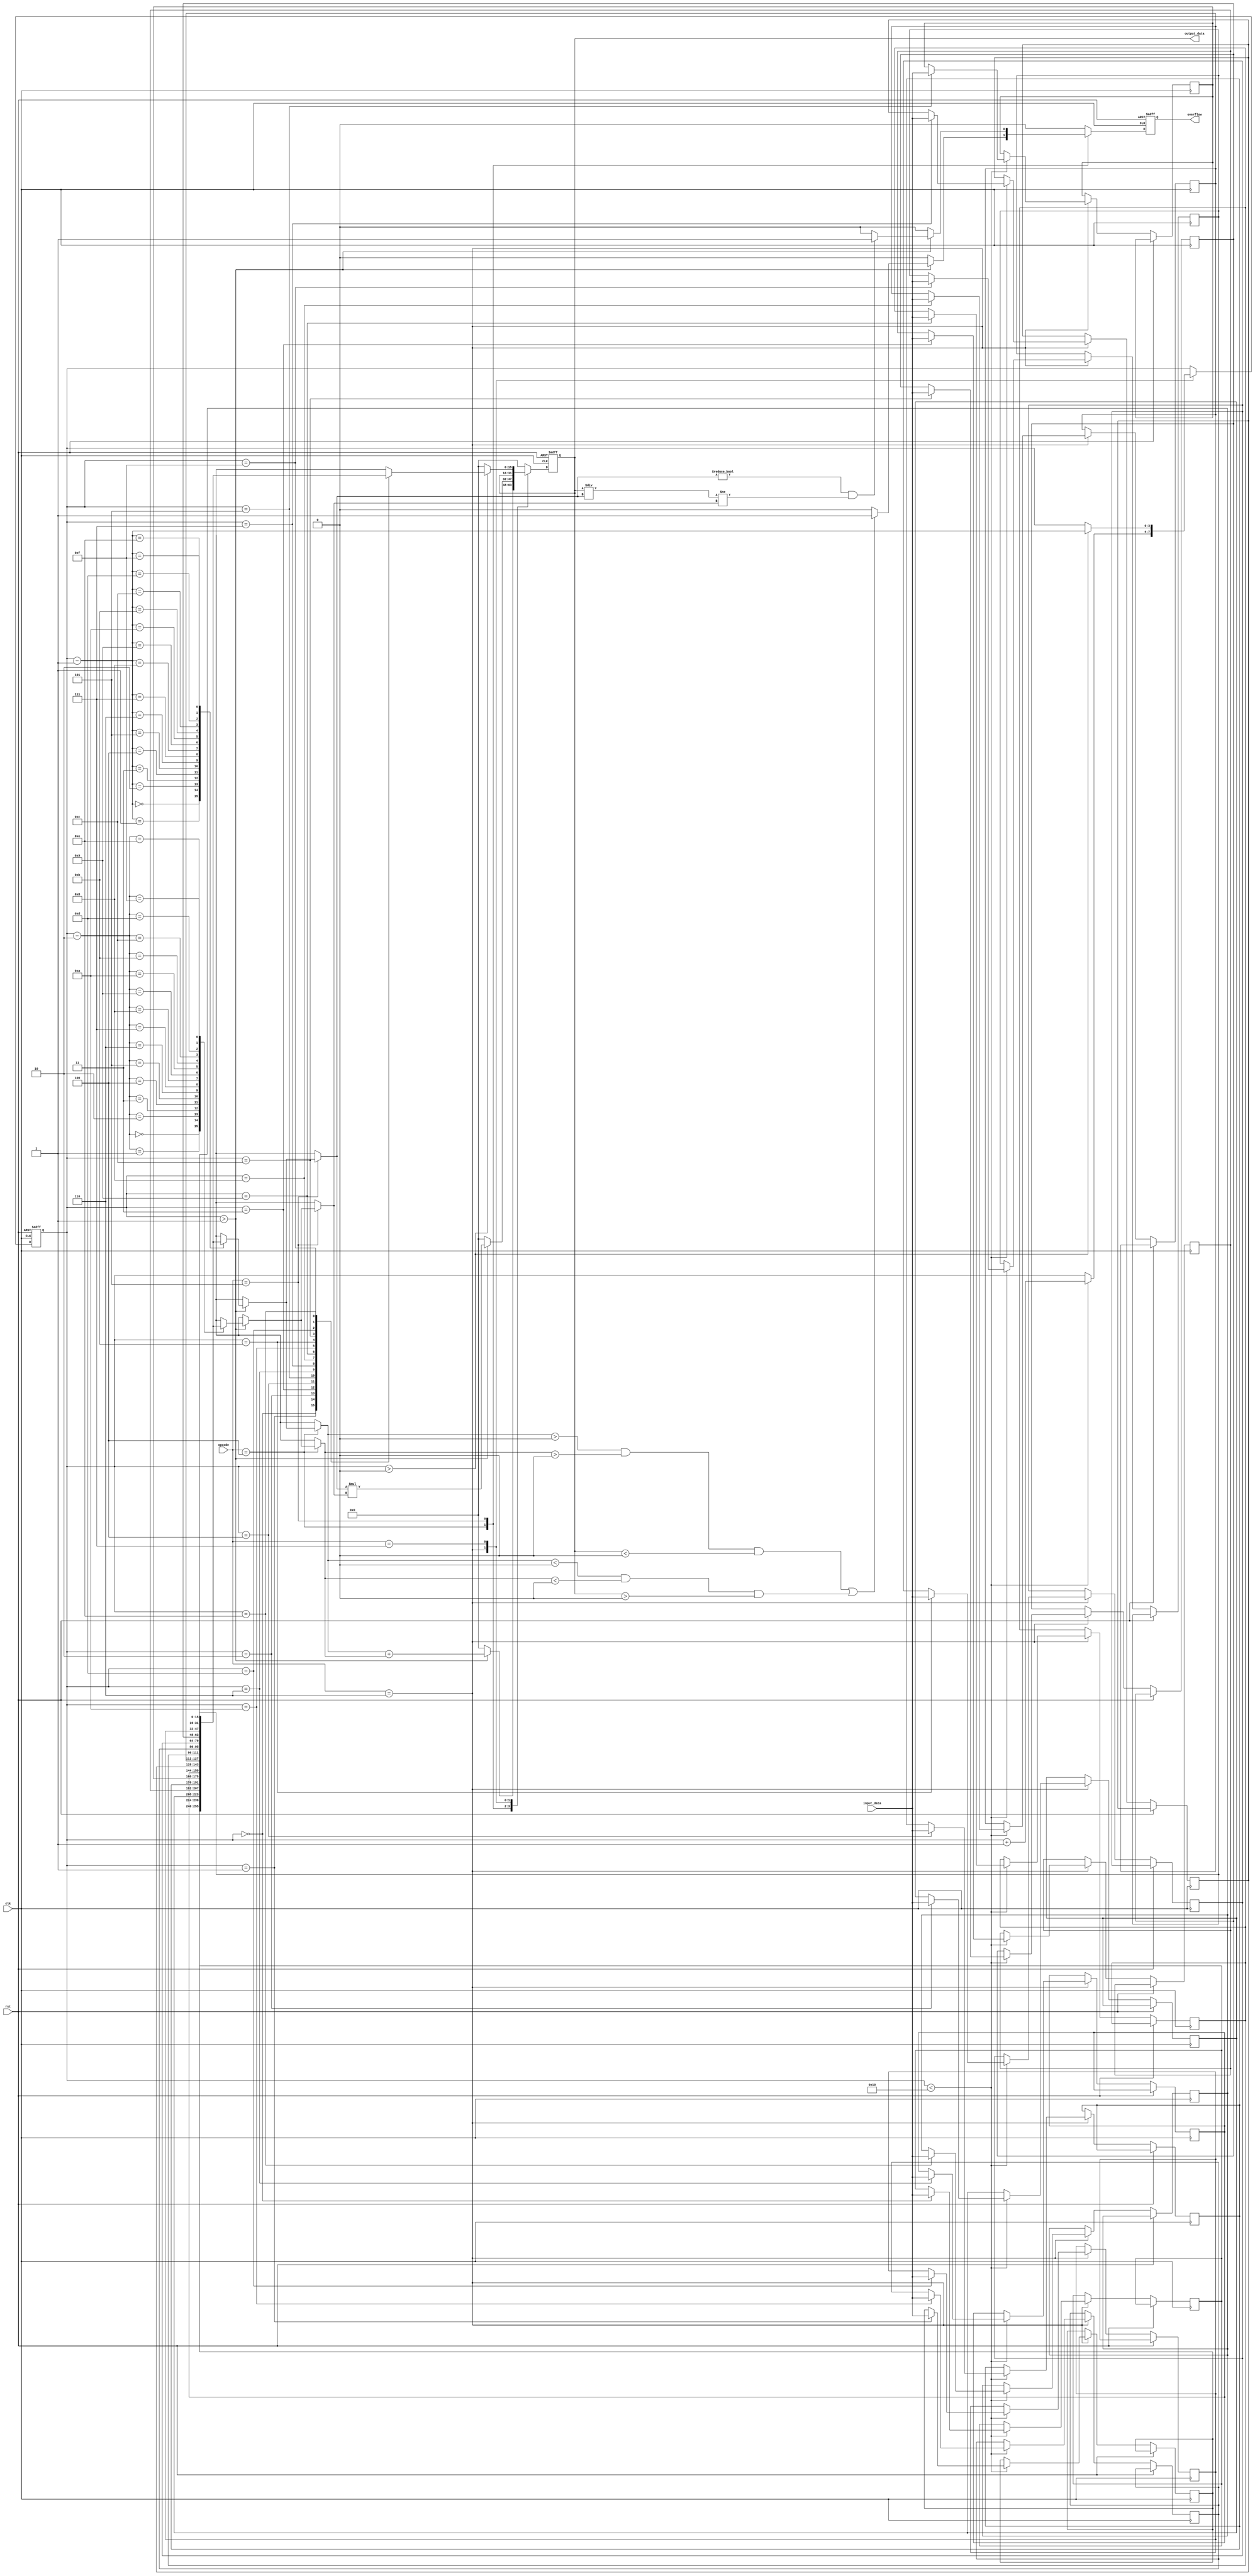
module STACK_BASED_ALU #(parameter N = 16, parameter STACK_SIZE = 16) (
    input wire [N-1:0] input_data,
    input wire [2:0] opcode,
    output reg [N-1:0] output_data,
    output reg overflow,
    input wire clk,
    input wire rst
);

    reg signed [N-1:0] stack [0:STACK_SIZE-1];
    reg [3:0] sp; // Stack pointer

    always @(posedge clk or posedge rst) begin
        if (rst) begin
            sp <= 0;
            output_data <= 0;
            overflow <= 0;
        end else begin
            overflow <= 0;
            case (opcode)
                3'b100: begin // Addition
                    if (sp > 1) begin
                        output_data <= stack[sp-1] + stack[sp-2];
                        // Check for overflow
                        if ((stack[sp-1] > 0 && stack[sp-2] > 0 && output_data < 0) || 
                            (stack[sp-1] < 0 && stack[sp-2] < 0 && output_data > 0)) begin
                            overflow <= 1;
                        end
                    end else begin
                        output_data <= 0;
                    end
                end

                3'b101: begin // Multiply
                    if (sp > 1) begin
                        output_data <= stack[sp-1] * stack[sp-2];
                        // Check for overflow
                        if (stack[sp-1] != 0 && output_data / stack[sp-1] != stack[sp-2]) begin
                            overflow <= 1;
                        end
                    end else begin
                        output_data <= 0;
                    end
                end

                3'b110: begin // PUSH
                    if (sp < STACK_SIZE) begin
                        stack[sp] <= input_data;
                        sp <= sp + 1;
                    end
                end

                3'b111: begin // POP
                    if (sp > 0) begin
                        sp <= sp - 1;
                        output_data <= stack[sp];
                    end else begin
                        output_data <= 0;
                    end
                end

                default: begin // No Operation for 0xx
                    output_data <= 0;
                end
            endcase
        end
    end
endmodule